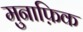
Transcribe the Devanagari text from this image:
मुनाफ़िक